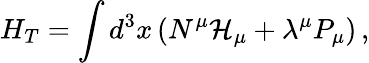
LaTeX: H_{T}=\int d^{3}x\left(N^{\mu}\mathcal{H}_{\mu}+\lambda^{\mu}P_{\mu}\right)\, ,